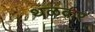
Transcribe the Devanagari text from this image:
थळकर